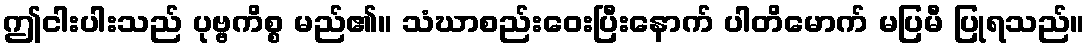
ဤငါးပါးသည် ပုဗ္ဗကိစ္စ မည်၏။ သံဃာစည်းဝေးပြီးနောက် ပါတိမောက် မပြမီ ပြုရသည်။